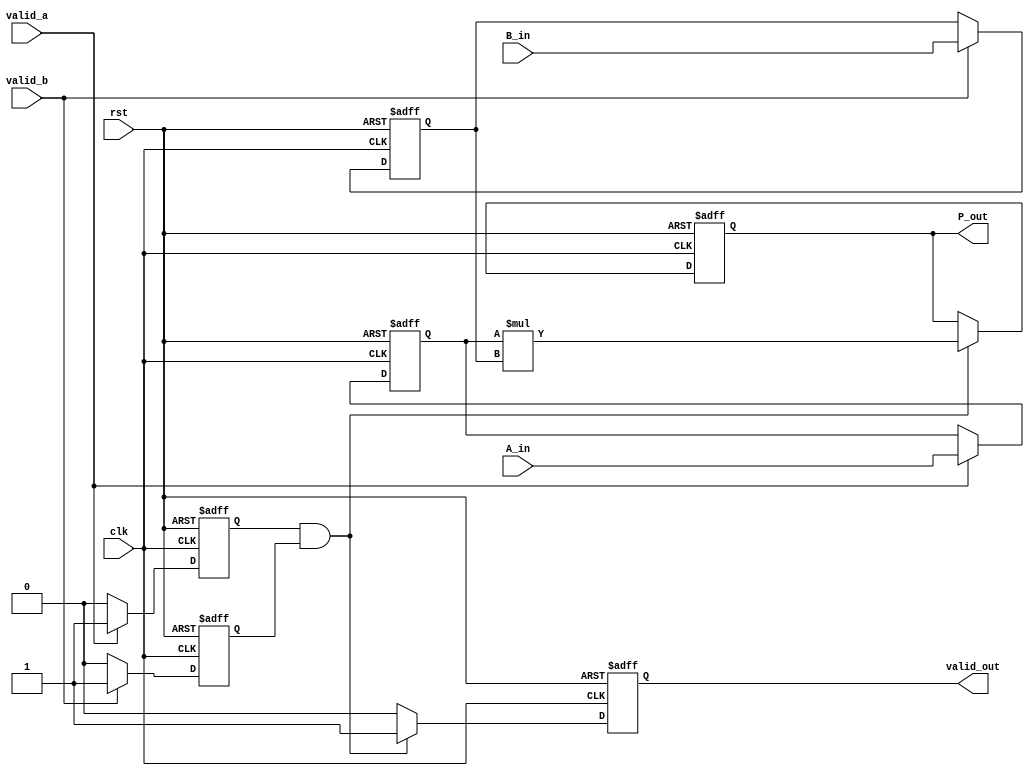
module streaming_multiplier #(
    parameter DATA_WIDTH = 32  // Width of input data (can be adjusted for fixed-point or floating-point)
)(
    input wire clk,
    input wire rst,
    input wire valid_a,
    input wire valid_b,
    input wire [DATA_WIDTH-1:0] A_in,
    input wire [DATA_WIDTH-1:0] B_in,
    output reg [2*DATA_WIDTH-1:0] P_out,
    output reg valid_out
);

    // Internal signals
    reg [DATA_WIDTH-1:0] A_buffer;
    reg [DATA_WIDTH-1:0] B_buffer;
    reg valid_a_prev;
    reg valid_b_prev;

    // State to track if valid data is available
    always @(posedge clk or posedge rst) begin
        if (rst) begin
            A_buffer <= 0;
            B_buffer <= 0;
            P_out <= 0;
            valid_out <= 0;
            valid_a_prev <= 0;
            valid_b_prev <= 0;
        end else begin
            // Buffer the inputs when valid signals are asserted
            if (valid_a) begin
                A_buffer <= A_in;
                valid_a_prev <= 1;
            end else if (valid_a_prev) begin
                valid_a_prev <= 0;  // Clear valid_a_prev after reading
            end
            
            if (valid_b) begin
                B_buffer <= B_in;
                valid_b_prev <= 1;
            end else if (valid_b_prev) begin
                valid_b_prev <= 0;  // Clear valid_b_prev after reading
            end
            
            // Compute product when both inputs are valid
            if (valid_a_prev && valid_b_prev) begin
                P_out <= A_buffer * B_buffer;
                valid_out <= 1;  // Assert valid output
            end else begin
                valid_out <= 0;  // Deassert valid output if not ready
            end
        end
    end

endmodule